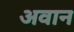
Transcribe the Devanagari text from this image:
अवान